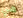
هي